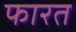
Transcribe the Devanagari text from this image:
फारत